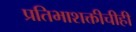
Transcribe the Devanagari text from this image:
प्रतिभाशक्तीचीही